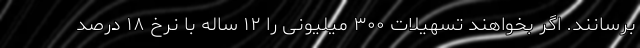
برسانند. اگر بخواهند تسهیلات ۳۰۰ میلیونی را ۱۲ ساله با نرخ ۱۸ درصد